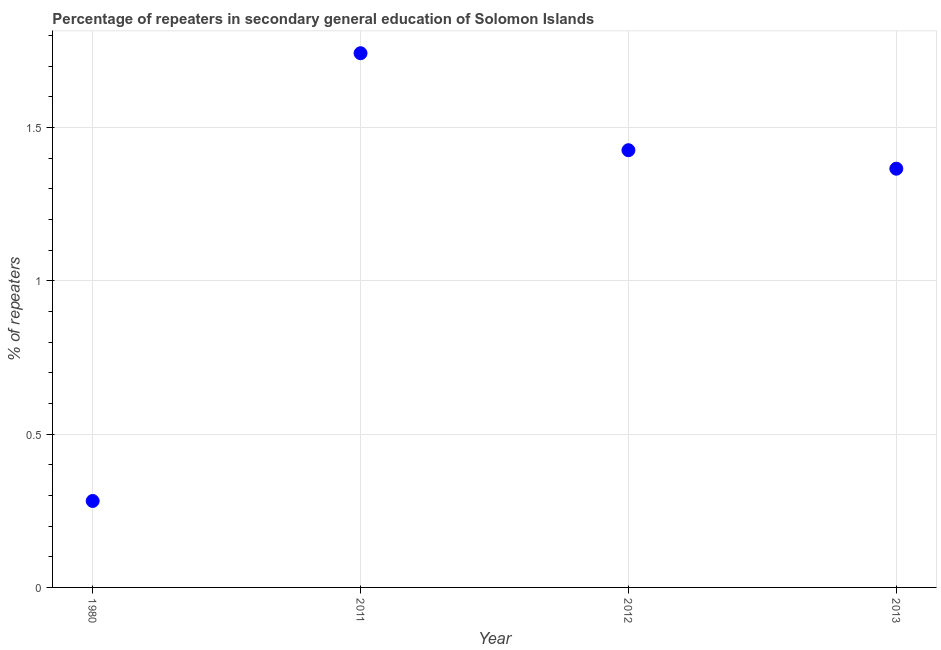
| Year | Percentage of repeaters |
 | --- | --- |
 | 1980 | 0.282 |
 | 2011 | 1.74 |
 | 2012 | 1.43 |
 | 2013 | 1.37 |